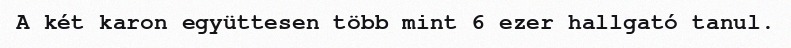
A két karon együttesen több mint 6 ezer hallgató tanul.